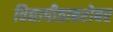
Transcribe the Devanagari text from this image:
विद्यापीठाबरोबर